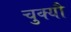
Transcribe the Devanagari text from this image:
चुक्यौ